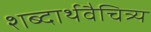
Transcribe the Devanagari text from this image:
शब्दार्थवैचित्र्य